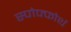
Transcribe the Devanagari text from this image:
स्पोफ्फोर्थ